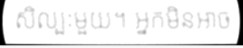
សិល្បៈមួយ។ អ្នកមិនអាច